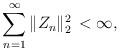
LaTeX: \begin{align*}\sum_{n=1}^\infty \| Z_n\|_2^2\,<\infty,\end{align*}